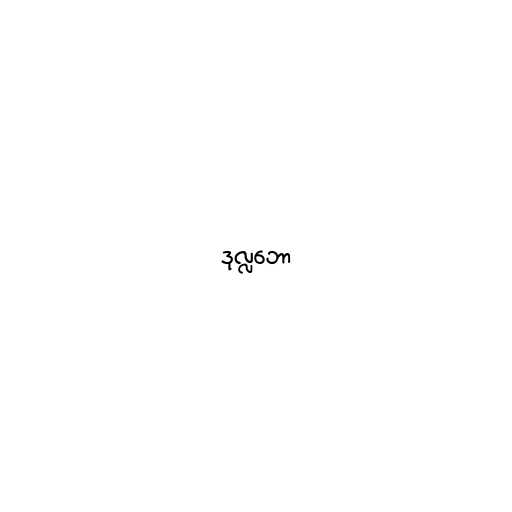
ဒုလ္လဘော